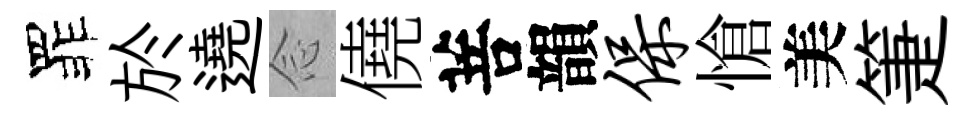
罪於遶𫝹僥菩韻保愴美箑